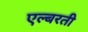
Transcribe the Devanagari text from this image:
एल्बरती